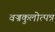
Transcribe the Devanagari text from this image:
वज्रकुलोत्पन्न